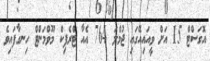
އޮގަސްޓް 15 އަށް ވީއައިއޭގައި ޖުމްލަ 764 އެއާ ޓްރެފިކް މޫވްމަންޓް ހިނގާފައިވެ